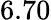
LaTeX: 6.70